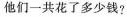
他们一共花了多少钱?